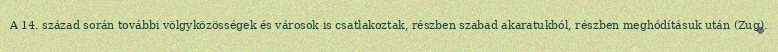
A 14. század során további völgyközösségek és városok is csatlakoztak, részben szabad akaratukból, részben meghódításuk után (Zug).